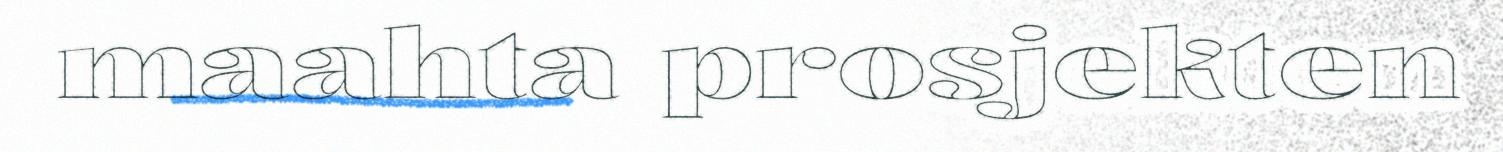
maahta prosjekten